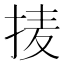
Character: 𱟹